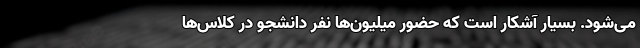
می‌‌شود. بسیار آشکار است که حضور میلیون‌‌ها نفر دانشجو در کلاس‌‌ها